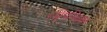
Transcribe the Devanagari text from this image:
।रिपब्लिकन